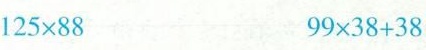
$$1 2 5 \times 8 8$$ $$9 9 \times 3 8 + 3 8$$